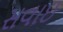
સવાઇ